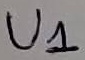
Text: U1